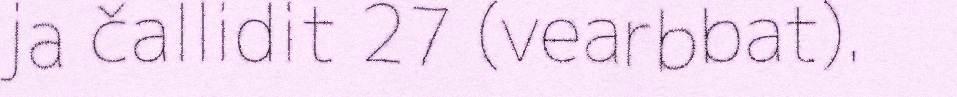
ja čallidit 27 (vearbbat).